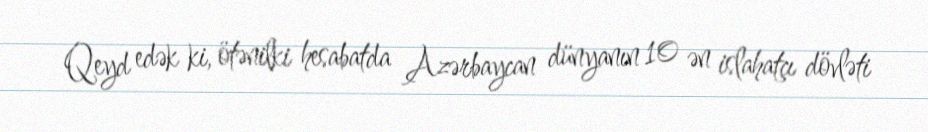
Qeyd edək ki, ötənilki hesabatda Azərbaycan dünyanın 10 ən islahatçı dövləti